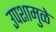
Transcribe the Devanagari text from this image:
उपशामुळे